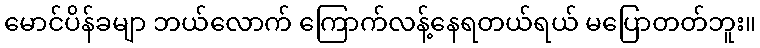
မောင်ပိန်ခမျာ ဘယ်လောက် ကြောက်လန့်နေရတယ်ရယ် မပြောတတ်ဘူး။